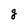
Character: g